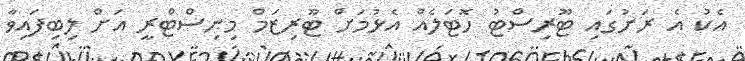
އެކު އެ ރަށުގައި ޓޫރިސްޓު ހޮޓަލެއް އެޅުމަށް ޓޫރިޒަމް މިނިސްޓްރީ އަށް ލިބިފައިވާ